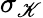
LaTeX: \sigma_{\mathscr{K}}